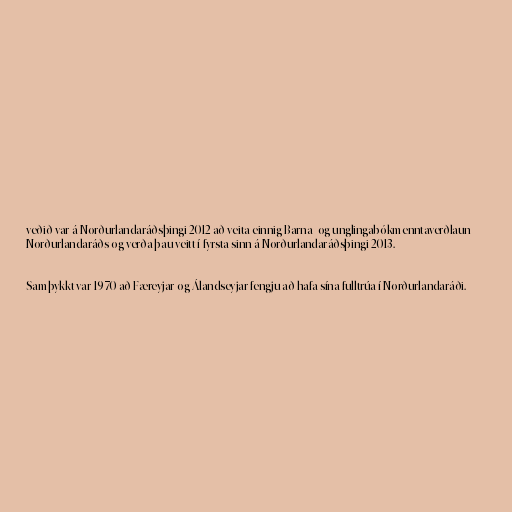
veðið var á Norðurlandaráðsþingi 2012 að veita einnig Barna- og unglingabókmenntaverðlaun
Norðurlandaráðs og verða þau veitt í fyrsta sinn á Norðurlandaráðsþingi 2013.

Samþykkt var 1970 að Færeyjar og Álandseyjar fengju að hafa sína fulltrúa í Norðurlandaráði.